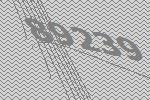
89239